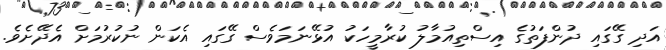
އަދި ގޭގައި ދުންފަތުގެ އިސްތިއުމާލު ކުރާމީހަކު އުޅޭނަމަވެސް ގޭގައި އެކަން ނުކުރުމަށް އެދޭށެވެ.